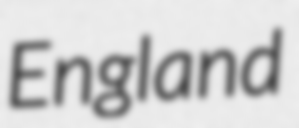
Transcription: England